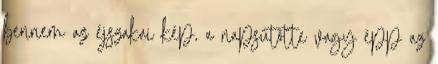
bennem az éjszakai kép, a napsütötte vagy épp az